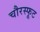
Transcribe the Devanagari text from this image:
चौरस्फूट